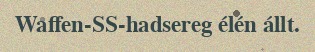
Waffen-SS-hadsereg élén állt.